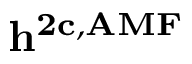
\ensuremath { \mathbf { h ^ { 2 c , A M F } } }